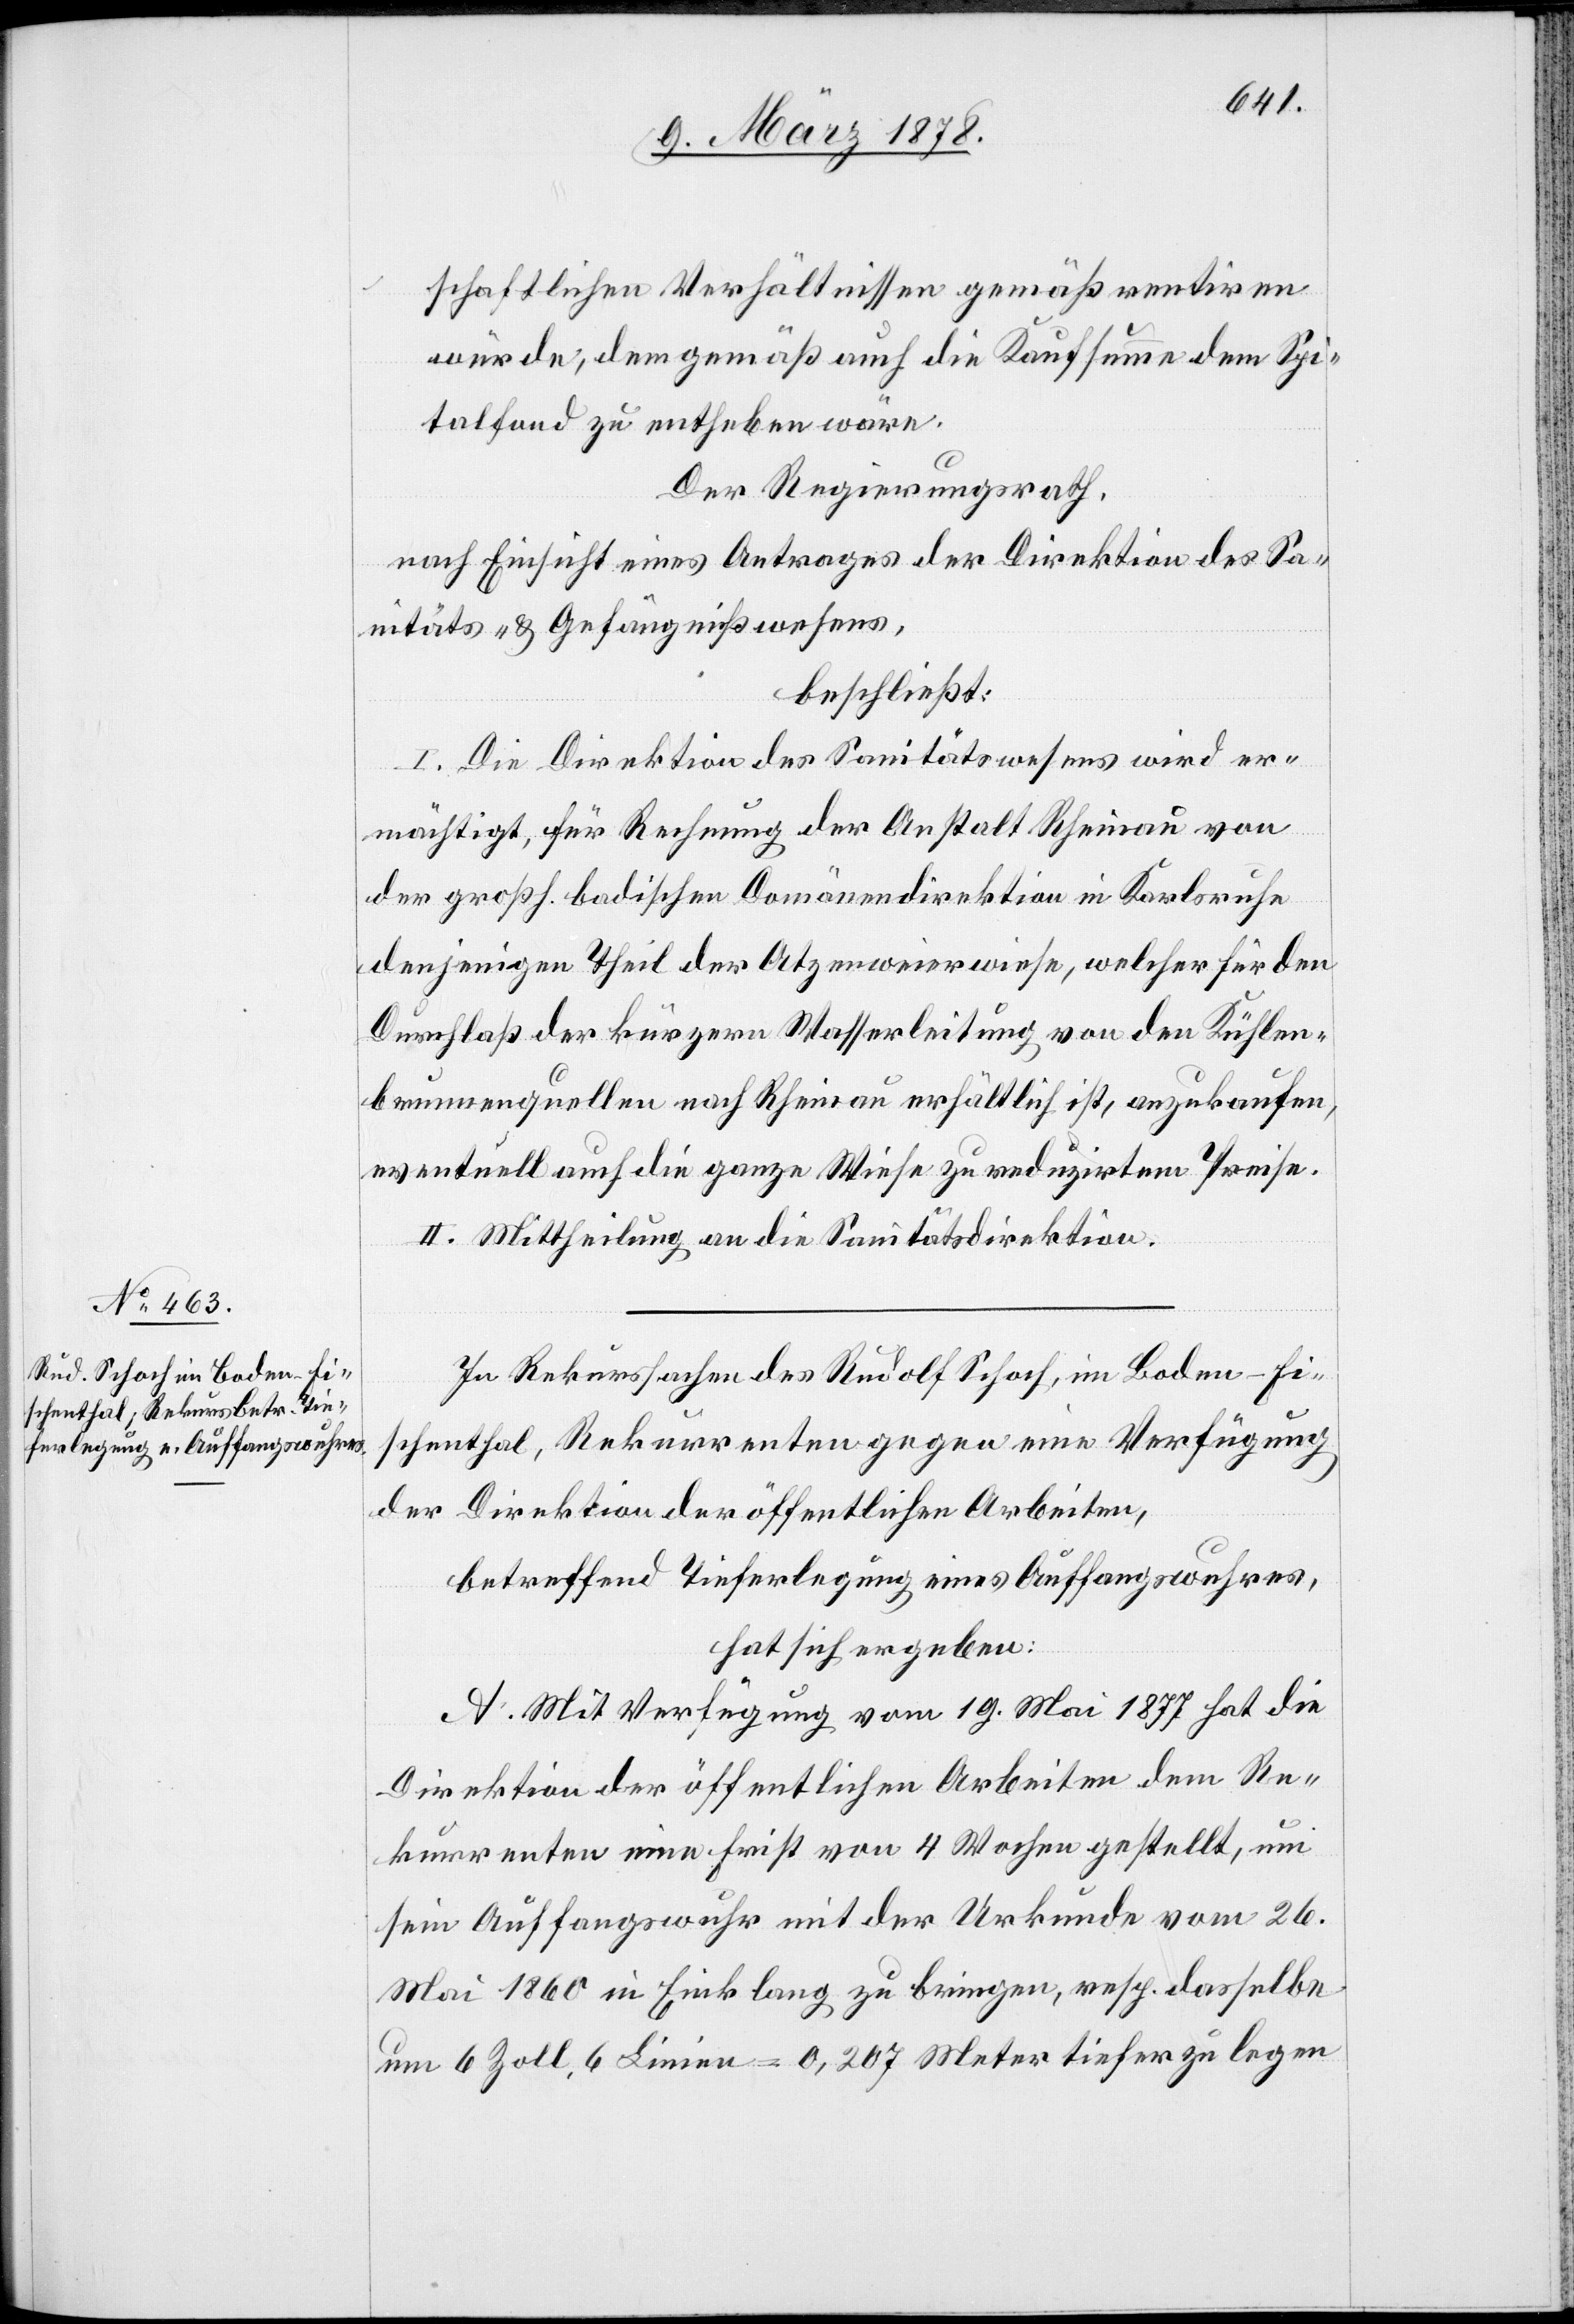
schaftlichen Verhältnissen gemäß rentiren
würde, dem gemäß auch die Kaufsumme dem Spi¬
talfond zu entheben wäre.
Der Regierungsrath,
nach Einsicht eines Antrages der Direktion des Sa¬
nitäts- & Gefängnißwesens,
beschließt:
I. Die Direktion des Sanitätswesens wird er¬
mächtigt, für Rechnung der Anstalt Rheinau von
der großh. badischen Domänendirektion in Karlsruhe
denjenigen Theil der Atzenweierwiese, welcher für den
Durchlaß der kürzern Wasserleitung von den Kühlen¬
brunnenquellen nach Rheinau erhältlich ist, anzukaufen,
eventuell auch die ganze Wiese zu reduzirtem Preise.
II. Mittheilung an die Sanitätsdirektion.
In Rekurssachen des Rudolf Schoch, im Boden - Fi¬
schenthal, Rekurrenten gegen eine Verfügung
der Direktion der öffentlichen Arbeiten,
betreffend Tieferlegung eines Auffangswuhres,
hat sich ergeben:
A. Mit Verfügung vom 19. Mai 1877 hat die
Direktion der öffentlichen Arbeiten dem Re¬
kurrenten eine Frist von 4 Wochen gestellt, um
sein Auffangswuhr mit der Urkunde vom 26.
Mai 1860 in Einklang zu bringen, resp. dasselbe
um 6 Zoll, 6 Linien = 0,207 Meter tiefer zu legen